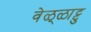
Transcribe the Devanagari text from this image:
वेळ्ळाट्टु